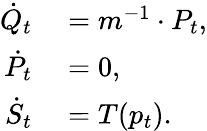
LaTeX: \begin{array}{rl}{\dot{Q}_{t}}&{{}=m^{-1}\cdot P_{t},}\\ {\dot{P}_{t}}&{{}=0,}\\ {\dot{S}_{t}}&{{}=T(p_{t}).}\end{array}